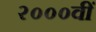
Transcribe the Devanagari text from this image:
२०००वीं